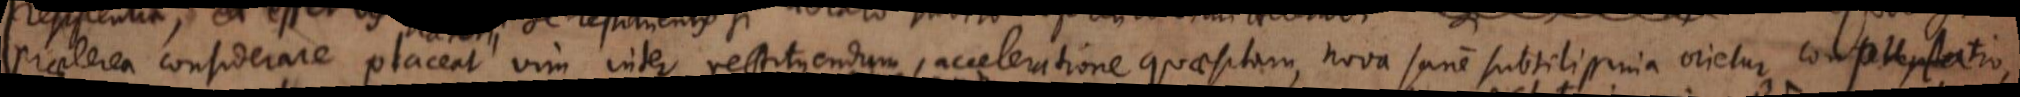
praeterea considerare placeat vim inter restituendum, acceleratione quaesitam, nova sane subtilissima orietur computatio